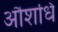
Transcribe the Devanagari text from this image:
औशधि